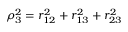
\rho _ { 3 } ^ { 2 } = r _ { 1 2 } ^ { 2 } + r _ { 1 3 } ^ { 2 } + r _ { 2 3 } ^ { 2 }